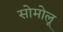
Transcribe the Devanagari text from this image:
सोमोलू